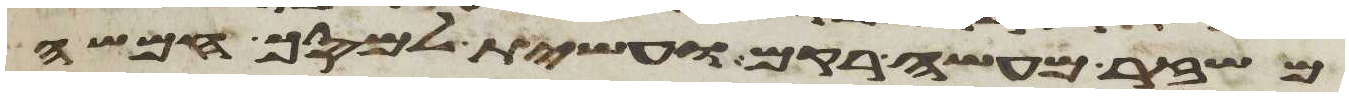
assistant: משזר מעשה רקם ועשית למסך חמשה